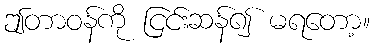
ဤတာဝန်ကို ငြင်းဆန်၍ မရတော့။